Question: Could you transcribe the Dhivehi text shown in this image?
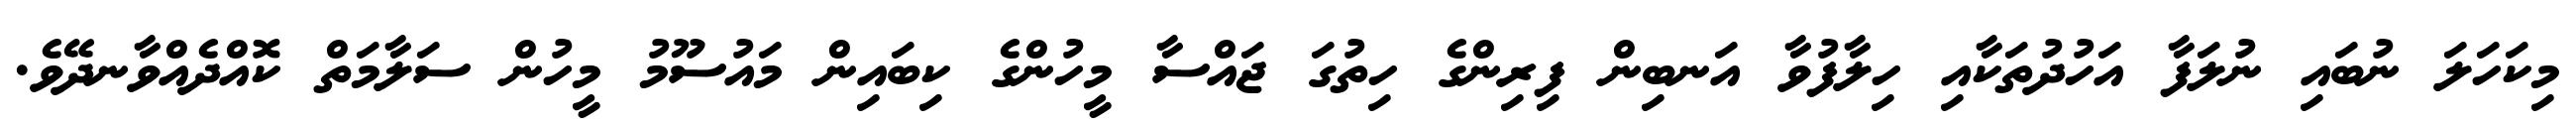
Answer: މިކަހަލަ ނުބައި ނުލަފާ އަހުދުތަކާއި ހިލާފުވާ އަނބިން ފިރިންގެ ހިތުގަ ޖައްސާ މީހުންގެ ކިބައިން މައުސޫމު މީހުން ސަލާމަތް ކޮއްދެއްވާނދޭވެ.